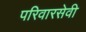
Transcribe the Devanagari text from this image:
परिवारसेवी